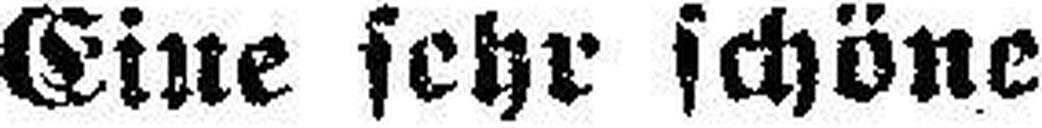
Eine sehr schöne